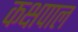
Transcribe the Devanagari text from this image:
कक्षपाल